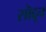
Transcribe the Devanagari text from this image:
सॊद्दून